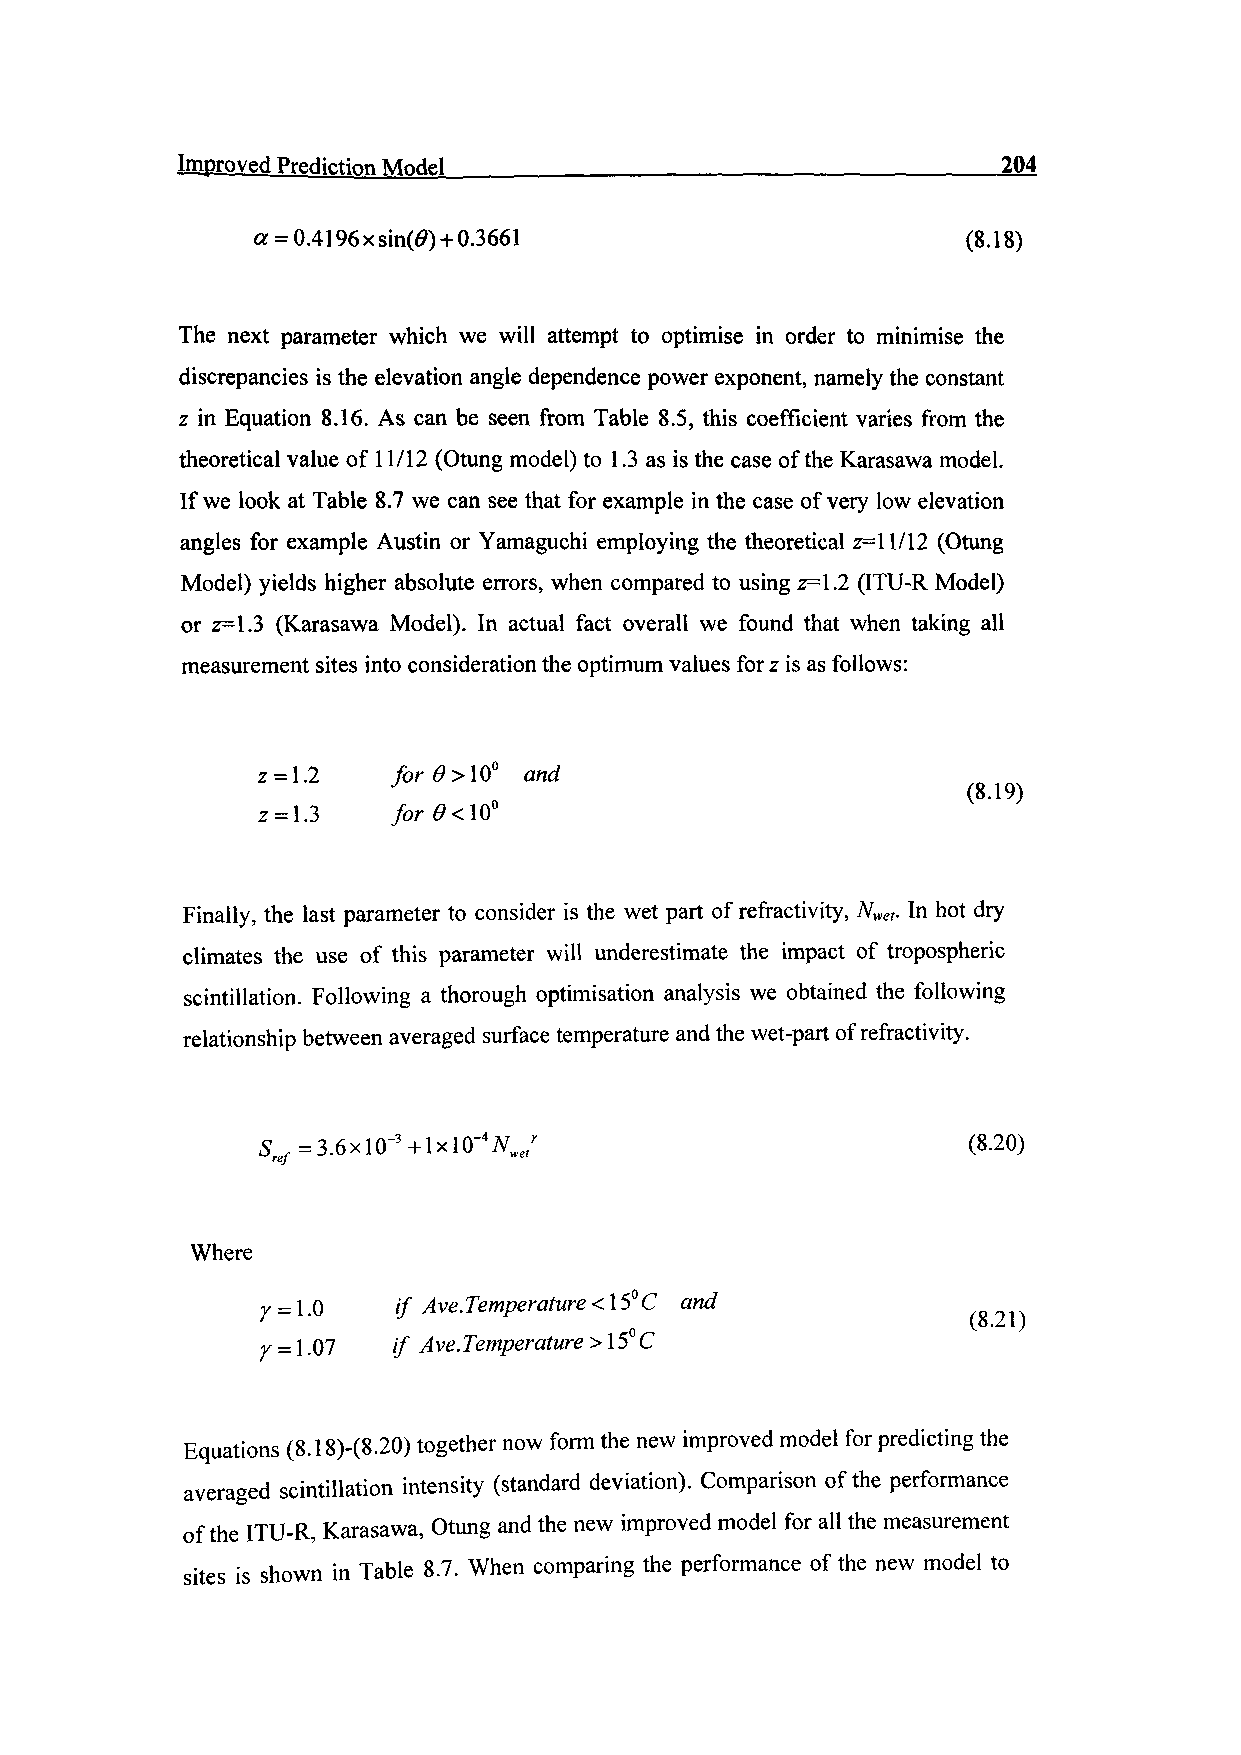
Improved Prediction Model_________________________________204
 a = 0.4196xsin(0) + 0.3661                     (8.18)
 The next parameter which we will attempt to optimise in order to minimise the
 discrepancies is the elevation angle dependence power exponent, namely the constant
 z in Equation 8.16. As can be seen from Table 8.5, this coefficient varies from the
 theoretical value of 11/12 (Otung model) to 1.3 as is the case of the Karasawa model.
 If we look at Table 8.7 we can see that for example in the case of very low elevation
 angles for example Austin or Yamaguchi employing the theoretical 2=11/12 (Otung
 Model) yields higher absolute errors, when compared to using 2=1.2 (ITU-R Model)
 or z=1.3 (Karasawa Model). In actual fact overall we found that when taking all
 measurement sites into consideration the optimum values for z is as follows:
 z = 1.2  for9>\0° and
 (8-19)
 2 = 1.3  for0<\0
 Finally, the last parameter to consider is the wet part of refractivity, Nvet. In hot dry
 climates the use of this parameter will underestimate the impact of tropospheric
 scintillation. Following a thorough optimisation analysis we obtained the following
 relationship between averaged surface temperature and the wet-part of refractivity.
 (8.20)
 Where
 r = 1.0  if Ave. Temperature < 15° C and
 0                     (8.21)
 Y = 1.07 // Ave.Temperature > 15 C
 Equations (8.18)-(8.20) together now form the new improved model for predicting the
 averaged scintillation intensity (standard deviation). Comparison of the performance
 of the ITU-R, Karasawa, Otung and the new improved model for all the measurement
 sites is shown in Table 8.7. When comparing the performance of the new model to